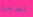
تسمح